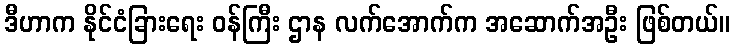
ဒီဟာက နိုင်ငံခြားရေး ဝန်ကြီး ဌာန လက်အောက်က အဆောက်အဦး ဖြစ်တယ်။